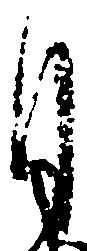
月